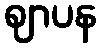
ဈာပန